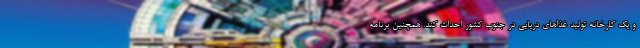
و یک کارخانه تولید غذاهای دریایی در جنوب کشور احداث کند. همچنین برنامه